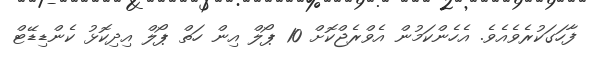
ފާހަގަކުރެވެއެވެ. އެހެންކަމުން އެވްރެޖްކޮށް 10 ޕޯލް އިން ހަތް ޕޯލް އިދިކޮޅު ކެންޑިޑޭޓް